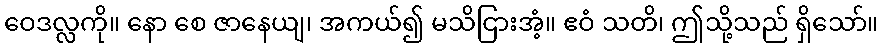
ဝေဒလ္လကို။ နော စေ ဇာနေယျ၊ အကယ်၍ မသိငြားအံ့။ ဧဝံ သတိ၊ ဤသို့သည် ရှိသော်။